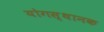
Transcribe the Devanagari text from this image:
योगस्थानक